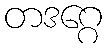
တဒဂ္ဂေ